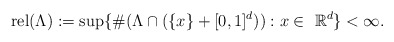
\begin{align*} \mathop{\mathrm{rel}}(\Lambda) := \sup \{ \#(\Lambda \cap (\{x\}+[0,1]^d)) :x \in {\ \mathbb{R}^d} \} < \infty.\end{align*}